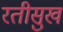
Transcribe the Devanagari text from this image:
रतीसुख